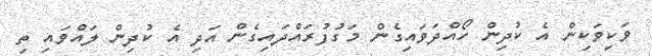
ވަކިވަކިން އެ ކުދިން ހޯއްދަވައިގެން މަގުފުރައްދައިގެން އަދި އެ ކުދިން ލައްވައި ތި